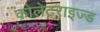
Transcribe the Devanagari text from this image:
कोलेटराइज्ड